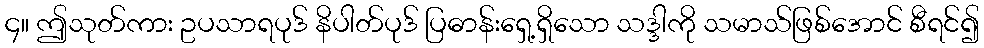
၄။ ဤသုတ်ကား ဥပသာရပုဒ် နိပါတ်ပုဒ် ပြဓာန်းရှေ့ရှိသော သဒ္ဒါကို သမာသ်ဖြစ်အောင် စီရင်၍